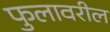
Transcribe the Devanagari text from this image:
फुलावरील